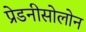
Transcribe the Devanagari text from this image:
प्रेडनीसोलोन